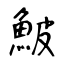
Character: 鮍